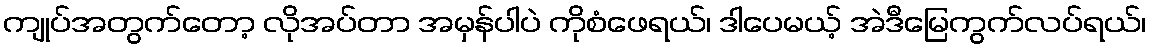
ကျုပ်အတွက်တော့ လိုအပ်တာ အမှန်ပါပဲ ကိုစံဖေရယ်၊ ဒါပေမယ့် အဲဒီမြေကွက်လပ်ရယ်၊